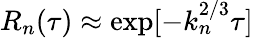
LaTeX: R_{n}(\tau)\approx\exp[-k_{n}^{2/3}\tau]